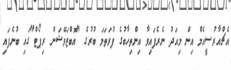
އެޗްއާރުސީއެމް އިން މިއަދު ނެރެފައިވާ އިންތިހާބުގެ ފުރަތަމަ ބުރުގެ "އޮބްޒަވޭޝަން ރިޕޯޓް"ގައި ބުނެފައި